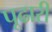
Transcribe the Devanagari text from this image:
पूढारी